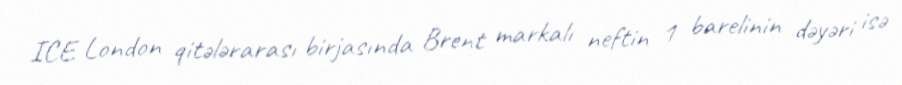
ICE London qitələrarası birjasında Brent markalı neftin 1 barelinin dəyəri isə